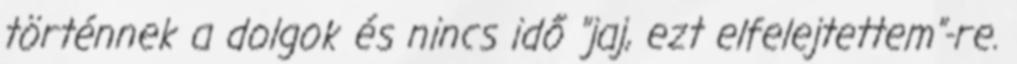
történnek a dolgok és nincs idő "jaj, ezt elfelejtettem"-re.